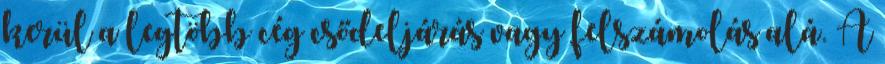
kerül a legtöbb cég csődeljárás vagy felszámolás alá. A